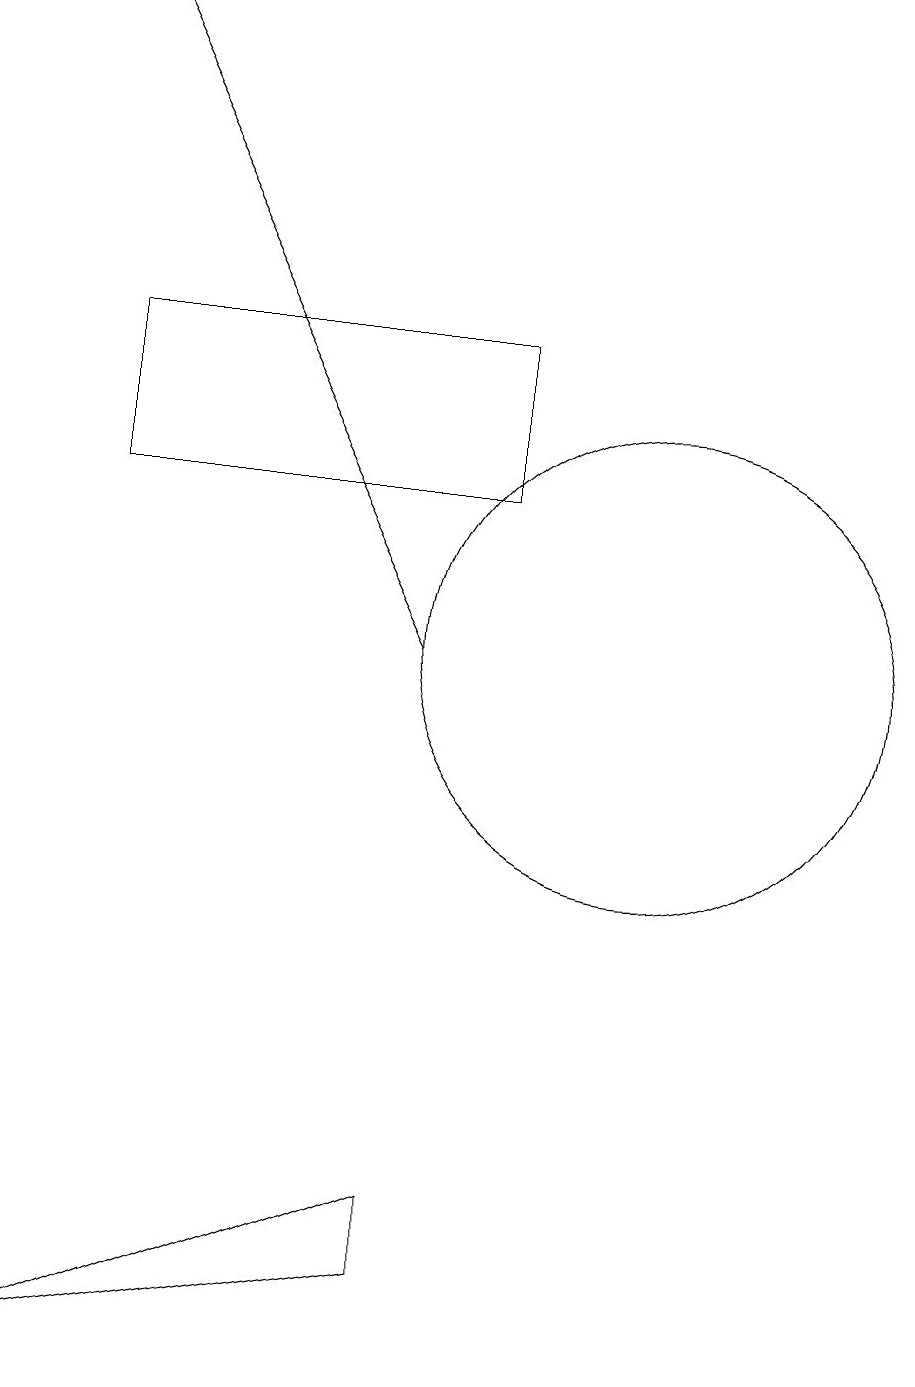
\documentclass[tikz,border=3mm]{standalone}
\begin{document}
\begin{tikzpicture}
\draw (7,4) -- (7,3) -- (2,2) -- cycle;
\draw (10,11) circle (3);
\draw (8,13) rectangle (3,15);
\draw[->] (7,11) -- (3,19);
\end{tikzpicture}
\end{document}